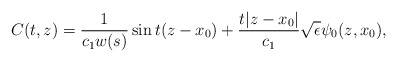
\begin{align*} C(t,z) = \frac{1}{c_1 w(s)} \sin t(z- x_0) + \frac{t|z-x_0|}{c_1} \sqrt{\epsilon} \psi_0 (z, x_0),\end{align*}